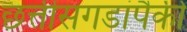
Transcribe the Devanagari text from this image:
छत्तीसगडांपैकी